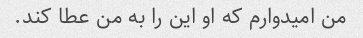
من امیدوارم که او این را به من عطا کند.